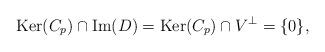
LaTeX: \begin{align*}\hbox{Ker}(C_p)\cap \hbox{Im}(D) =\hbox{Ker}(C_p)\cap V^\perp =\{0\},\end{align*}